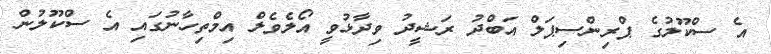
އެ ސްކޫލުގެ ޕްރިންސިޕަލް އަބްދު ރަޝީދު ވިދާޅުވީ އޯލެވެލް އިމްތިހާނުގައި އެ ސްކޫލުން